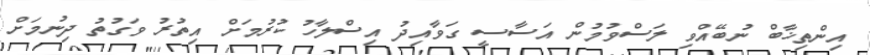
އިންތިޚާބް ނުބޭއްވި ލަސްވުމުން އަސާސީ ގަވާއިދު އިސްލާހު ކުރުމަށް އިތުރު ވަގުތު ދިނުމަށް